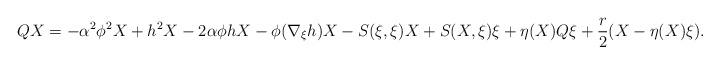
LaTeX: \begin{align*}QX=-\alpha ^{2}\phi ^{2}X+h^{2}X-2\alpha \phi hX-\phi (\nabla _{\xi}h)X-S(\xi ,\xi )X+S(X,\xi )\xi +\eta (X)Q\xi +\frac{r}{2}(X-\eta (X)\xi ).\end{align*}